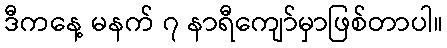
ဒီကနေ့ မနက် ၇ နာရီကျော်မှာဖြစ်တာပါ။